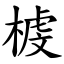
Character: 榩